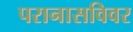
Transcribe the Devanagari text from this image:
परानासविवर